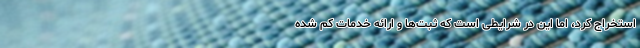
استخراج کرد، اما این در شرایطی است که ثبت‌ها و ارائه خدمات کم شده